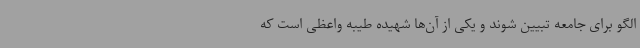
الگو برای جامعه تبیین شوند و یکی از آن‌ها شهیده طیبه واعظی است که